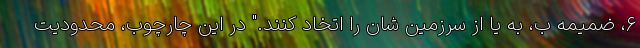
۶، ضمیمه ب، به یا از سرزمین شان را اتخاد کنند." در این چارچوب، محدودیت